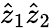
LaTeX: \hat{z}_{1}\hat{z}_{2}